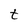
Character: t